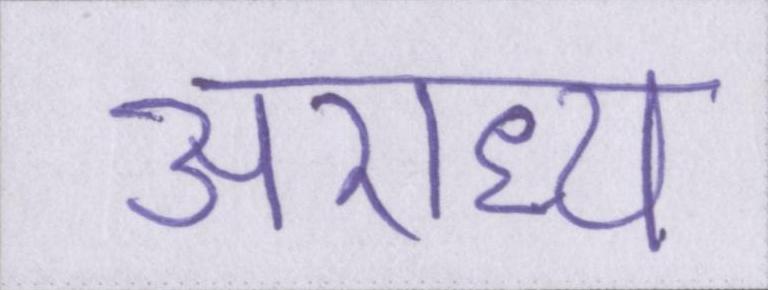
अराध्य